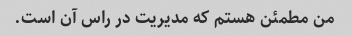
من مطمئن هستم که مدیریت در راس آن است.